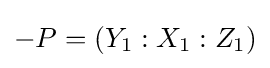
-P=(Y_{1}:X_{1}:Z_{1})